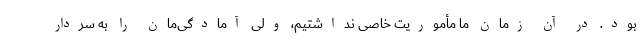
بود. در آن زمان ما مأموریت خاصی نداشتیم، ولی آمادگی‌مان را به سردار